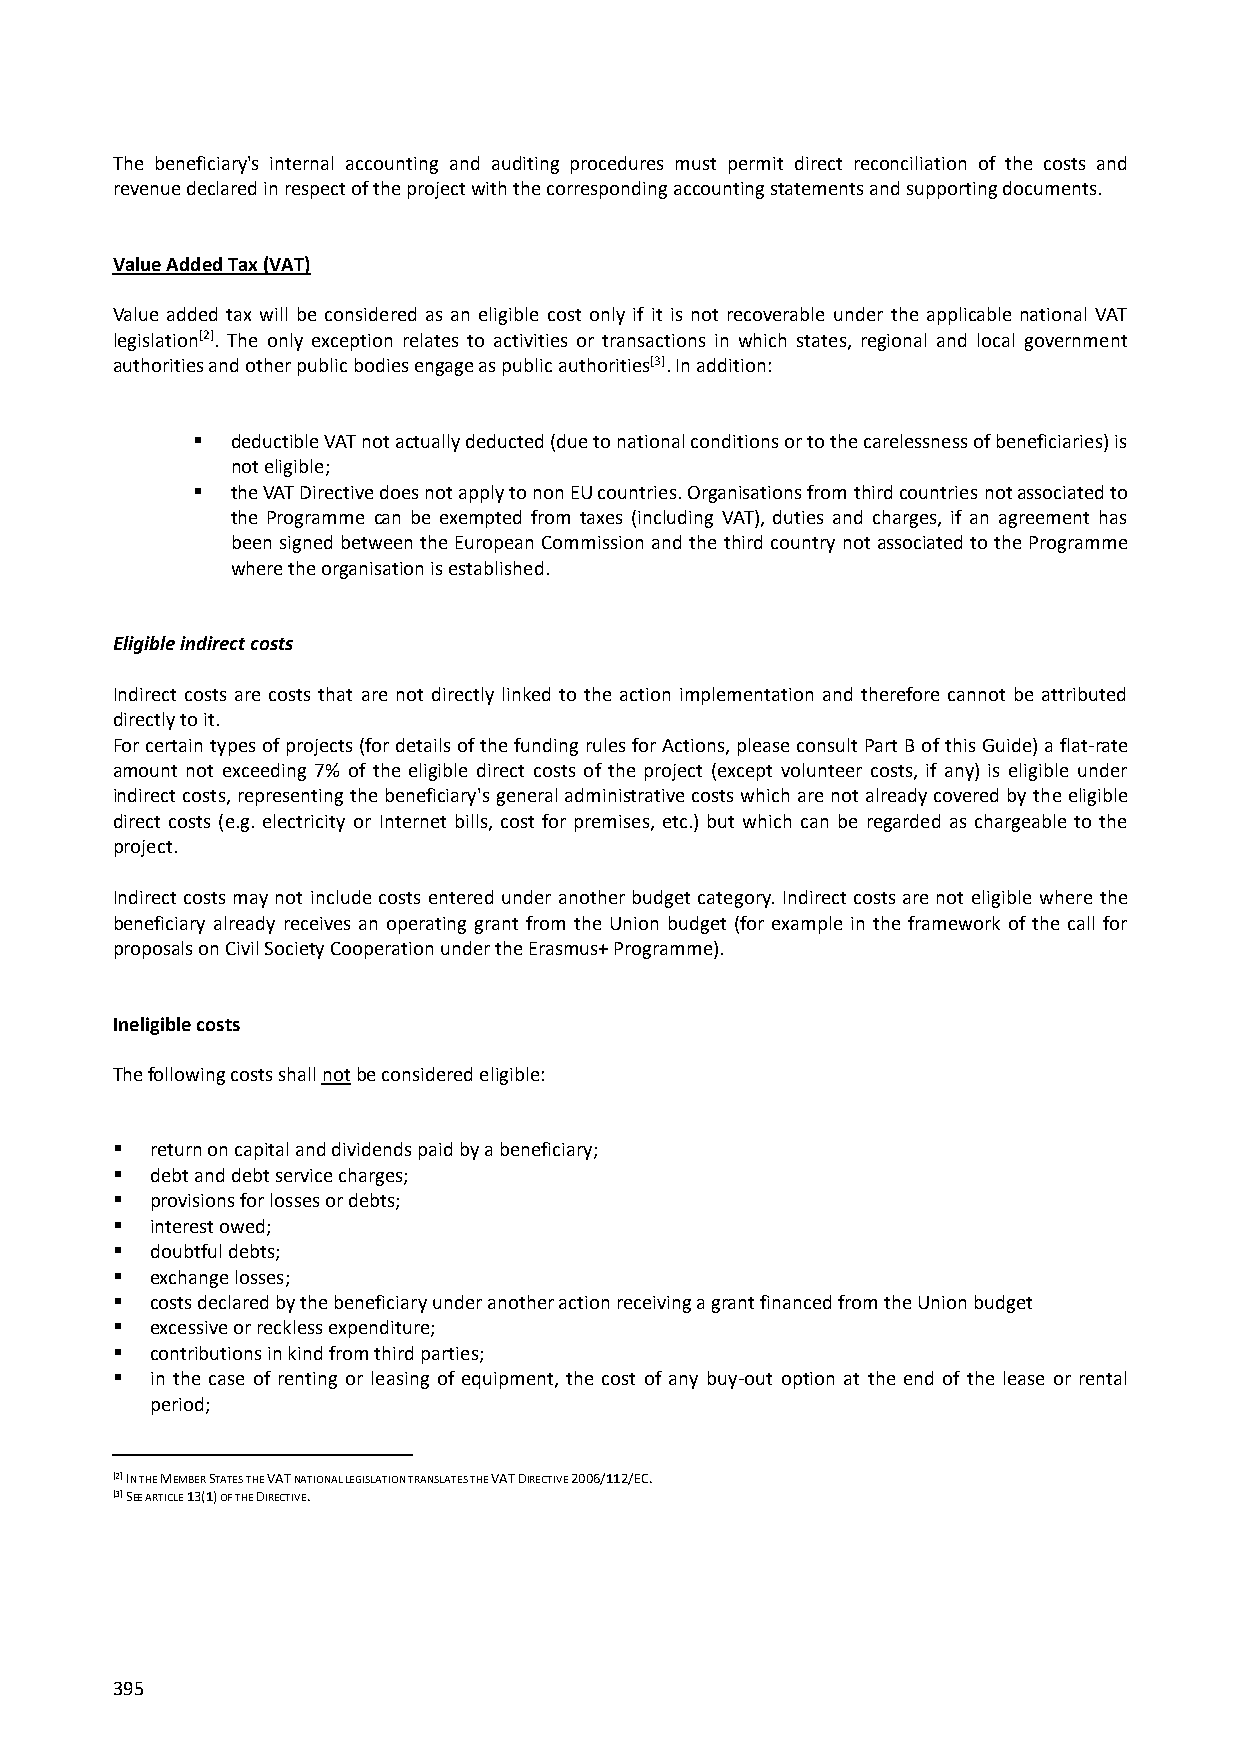
The beneficiary's internal accounting and auditing procedures must permit direct reconciliation of the costs and
 revenue declared in respect of the project with the corresponding accounting statements and supporting documents.
 Value Added Tax (VAT)
 Value added tax will be considered as an eligible cost only if it is not recoverable under the applicable national VAT
 legislation[2]. The only exception relates to activities or transactions in which states, regional and local government
 authorities and other public bodies engage as public authorities[3]. In addition:
  deductible VAT not actually deducted (due to national conditions or to the carelessness of beneficiaries) is
 not eligible;
  the VAT Directive does not apply to non EU countries. Organisations from third countries not associated to
 the Programme can be exempted from taxes (including VAT), duties and charges, if an agreement has
 been signed between the European Commission and the third country not associated to the Programme
 where the organisation is established.
 Eligible indirect costs
 Indirect costs are costs that are not directly linked to the action implementation and therefore cannot be attributed
 directly to it.
 For certain types of projects (for details of the funding rules for Actions, please consult Part B of this Guide) a flat-rate
 amount not exceeding 7% of the eligible direct costs of the project (except volunteer costs, if any) is eligible under
 indirect costs, representing the beneficiary's general administrative costs which are not already covered by the eligible
 direct costs (e.g. electricity or Internet bills, cost for premises, etc.) but which can be regarded as chargeable to the
 project.
 Indirect costs may not include costs entered under another budget category. Indirect costs are not eligible where the
 beneficiary already receives an operating grant from the Union budget (for example in the framework of the call for
 proposals on Civil Society Cooperation under the Erasmus+ Programme).
 Ineligible costs
 The following costs shall not be considered eligible:
   return on capital and dividends paid by a beneficiary;
   debt and debt service charges;
   provisions for losses or debts;
   interest owed;
   doubtful debts;
   exchange losses;
   costs declared by the beneficiary under another action receiving a grant financed from the Union budget
   excessive or reckless expenditure;
   contributions in kind from third parties;
   in the case of renting or leasing of equipment, the cost of any buy-out option at the end of the lease or rental
 period;
 [2] IN THE MEMBER STATES THE VAT NATIONAL LEGISLATION TRANSLATES THE VAT DIRECTIVE 2006/112/EC.
 [3] SEE ARTICLE 13(1) OF THE DIRECTIVE.
 395